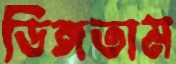
ডিঙ্গতাম